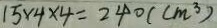
1 5 \times 4 \times 4 = 2 4 0 ( c m ^ { 3 } )